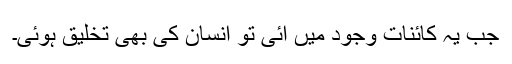
جب یہ کائنات وجود میں آئی تو انسان کی بھی تخلیق ہوئی۔